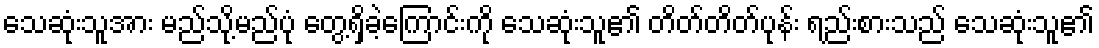
သေဆုံးသူအား မည်သို့မည်ပုံ တွေ့ရှိခဲ့ကြောင်းကို သေဆုံးသူ၏ တိတ်တိတ်ပုန်း ရည်းစားသည် သေဆုံးသူ၏